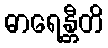
ဓာရေန္တီတိ